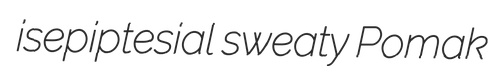
isepiptesial sweaty Pomak